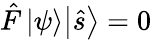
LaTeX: {\hat{F}}\, {\left|\psi\right\rangle}{\left|{\hat{s}}\right\rangle}=0